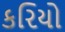
કરિયો